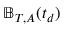
\mathbb { B } _ { T , A } ( t _ { d } )